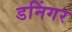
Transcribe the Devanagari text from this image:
डनिंगर